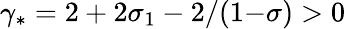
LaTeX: \gamma_{*}=2+2\sigma_{1}-2/(1{-}\sigma)>0